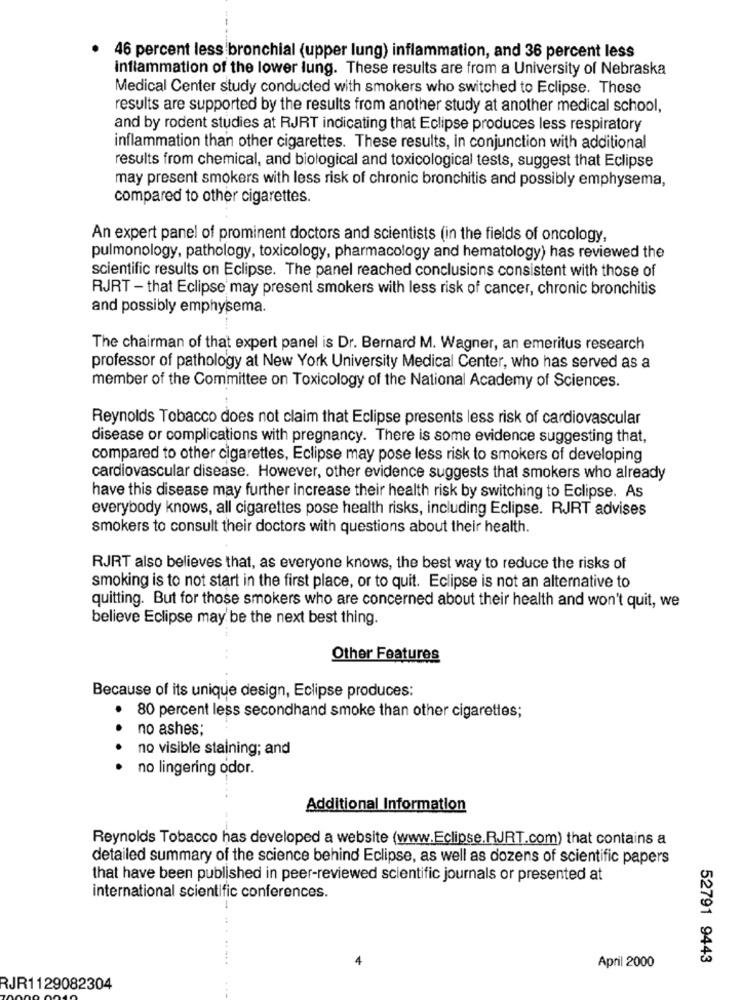
46 percent less bronchial (upper lung) inflammation, and 36 percent less
inflammation of the lower lung. These results are from a University of Nebraska
Medical Center study conducted with smokers who switched to Eclipse. These
results are supported by the results from another study at another medical school,
and by rodent studies at RJRT indicating that Eclipse produces less respiratory
inflammation than other cigarettes. These results, in conjunction with additional
results from chemical, and biological and toxicological tests, suggest that Eclipse
may present smokers with less risk of chronic bronchitis and possibly emphysema,
compared to other cigarettes.
An expert panel of prominent doctors and scientists (in the fields of oncology,
pulmonology, pathology, toxicology, pharmacology and hematology) has reviewed the
scientific results on Eclipse. The panel reached conclusions consistent with those of
RJRT - that Eclipse may present smokers with less risk of cancer, chronic bronchitis
and possibly emphysema.
The chairman of that expert panel is Dr. Bernard M. Wagner, an emeritus research
professor of pathology at New York University Medical Center, who has served as a
member of the Committee on Toxicology of the National Academy of Sciences.
Reynolds Tobacco does not claim that Eclipse presents less risk of cardiovascular
disease or complications with pregnancy. There is some evidence suggesting that,
compared to other cigarettes, Eclipse may pose less risk to smokers of developing
cardiovascular disease. However, other evidence suggests that smokers who already
have this disease may further increase their health risk by switching to Eclipse. As
everybody knows, all cigarettes pose health risks, including Eclipse. RJRT advises
smokers to consult their doctors with questions about their health.
RJRT also believes that, as everyone knows, the best way to reduce the risks of
smoking is to not start in the first place, or to quit. Eclipse is not an alternative to
quitting. But for those smokers who are concerned about their health and won't quit, we
believe Eclipse may be the next best thing.
Other Features
Because of its unique design, Eclipse produces:
80 percent less secondhand smoke than other cigarettes;
no ashes;
no visible staining; and
... .
no lingering odor.
Additional Information
Reynolds Tobacco has developed a website (www.Eclipse.RJRT.com) that contains a
detailed summary of the science behind Eclipse, as well as dozens of scientific papers
that have been published in peer-reviewed scientific journals or presented at
international scientific conferences.
52791 9443
April 2000
RJR1129082304